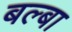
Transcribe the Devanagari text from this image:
बल्बा